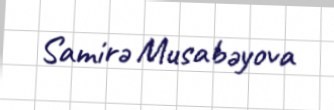
Samirə Musabəyova